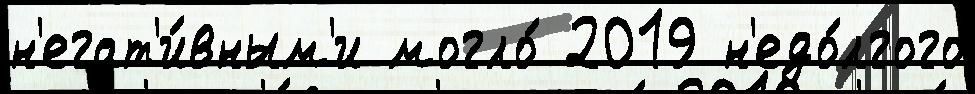
н'егат'и́вным'и могло́ 2019 н'едо́лгого